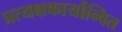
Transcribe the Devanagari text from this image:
प्रत्यक्षकार्यान्वित